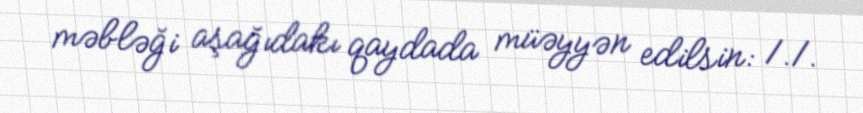
məbləği aşağıdakı qaydada müəyyən edilsin: 1.1.